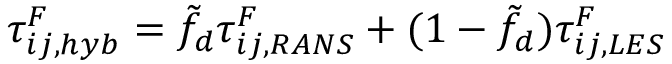
\tau _ { i j , h y b } ^ { F } = \Tilde { f } _ { d } \tau _ { i j , R A N S } ^ { F } + ( 1 - \Tilde { f } _ { d } ) \tau _ { i j , L E S } ^ { F }